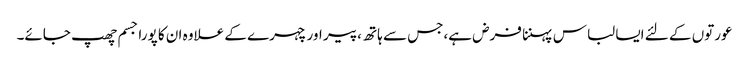
عورتوں کے لئے ایسا لباس پہننا فرض ہے،جس سے ہاتھ ،پیر اور چہرے کے علاوہ ان کا پورا جسم چھپ جائے۔